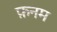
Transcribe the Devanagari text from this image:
फ़नम